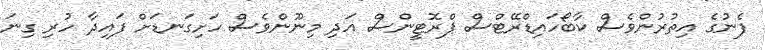
ފެނުގެ އިތުރުންވެސް ކާބޯހައިޑްރޭޓްސް ޕްރޮޓީންސް އަދި މިނޫންވެސް ހަށިގަނޑަށް ފައިދާ ހުރި ގިނަ